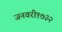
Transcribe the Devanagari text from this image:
जनवरी१७३२